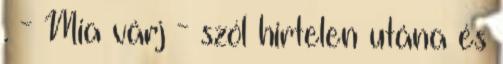
. - Mia várj - szól hirtelen utána és